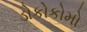
ડોકોકોમો